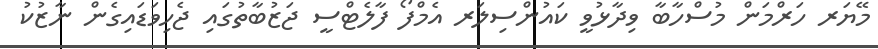
މޭޔަރ ހަރްމަން މުސްހާބާ ވިދާޅުވީ ކައުންސިލަރ އެމްފޯ ފާލެޓްސީ ޖަޒުބާތުގައި ޖެހިވަޑައިގެން ނާޒުކު